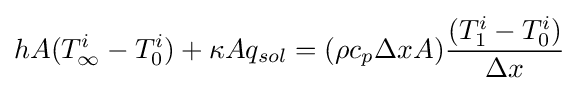
hA{(T_{\infty }^{i}-T_{0}^{i})}+\kappa Aq_{sol}=(\rho c_{p}\Delta xA){\frac {(T_{1}^{i}-T_{0}^{i})}{\Delta x}}